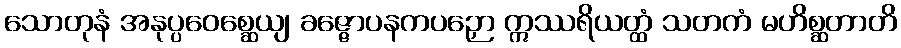
သောတုနံ အနုပ္ပဝေစ္ဆေယျ ခဇ္ဇောပနကပဉှော ဣဿရိယတ္ထံ သတကံ မဟိစ္ဆတာတိ